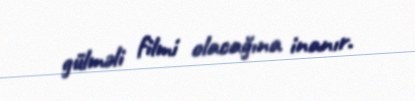
gülməli filmi olacağına inanır.